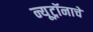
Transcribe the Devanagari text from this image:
न्यूट्रॉनाचे